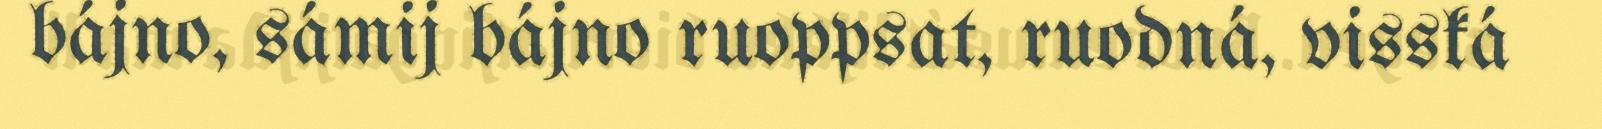
bájno, sámij bájno ruoppsat, ruodná, visská